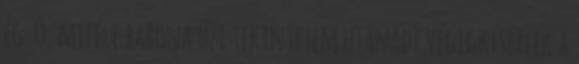
ég. Ó, miféle babona űzi tekintetem utánad? Végigkísérlek a